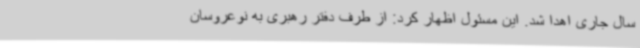
سال جاری اهدا شد. این مسئول اظهار کرد: از طرف دفتر رهبری به نوعروسان